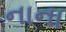
નાના